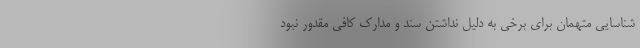
شناسایی متهمان برای برخی به دلیل نداشتن سند و مدارک کافی مقدور نبود